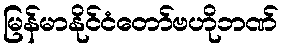
မြန်မာနိုင်ငံတော်ဗဟိုဘဏ်